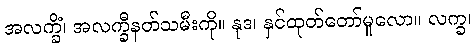
အလက္ခိံ၊ အလက္ခီနတ်သမီးကို။ နုဒ၊ နှင်ထုတ်တော်မူလော။ လက္ခ၊